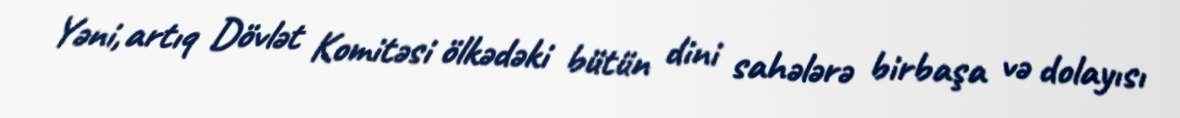
Yəni, artıq Dövlət Komitəsi ölkədəki bütün dini sahələrə birbaşa və dolayısı